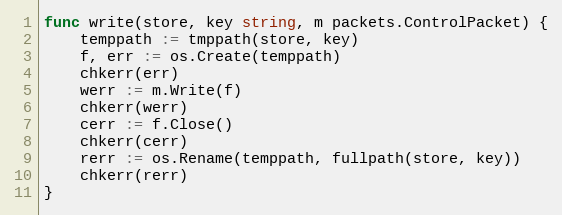
Language: Go
func write(store, key string, m packets.ControlPacket) {
	temppath := tmppath(store, key)
	f, err := os.Create(temppath)
	chkerr(err)
	werr := m.Write(f)
	chkerr(werr)
	cerr := f.Close()
	chkerr(cerr)
	rerr := os.Rename(temppath, fullpath(store, key))
	chkerr(rerr)
}